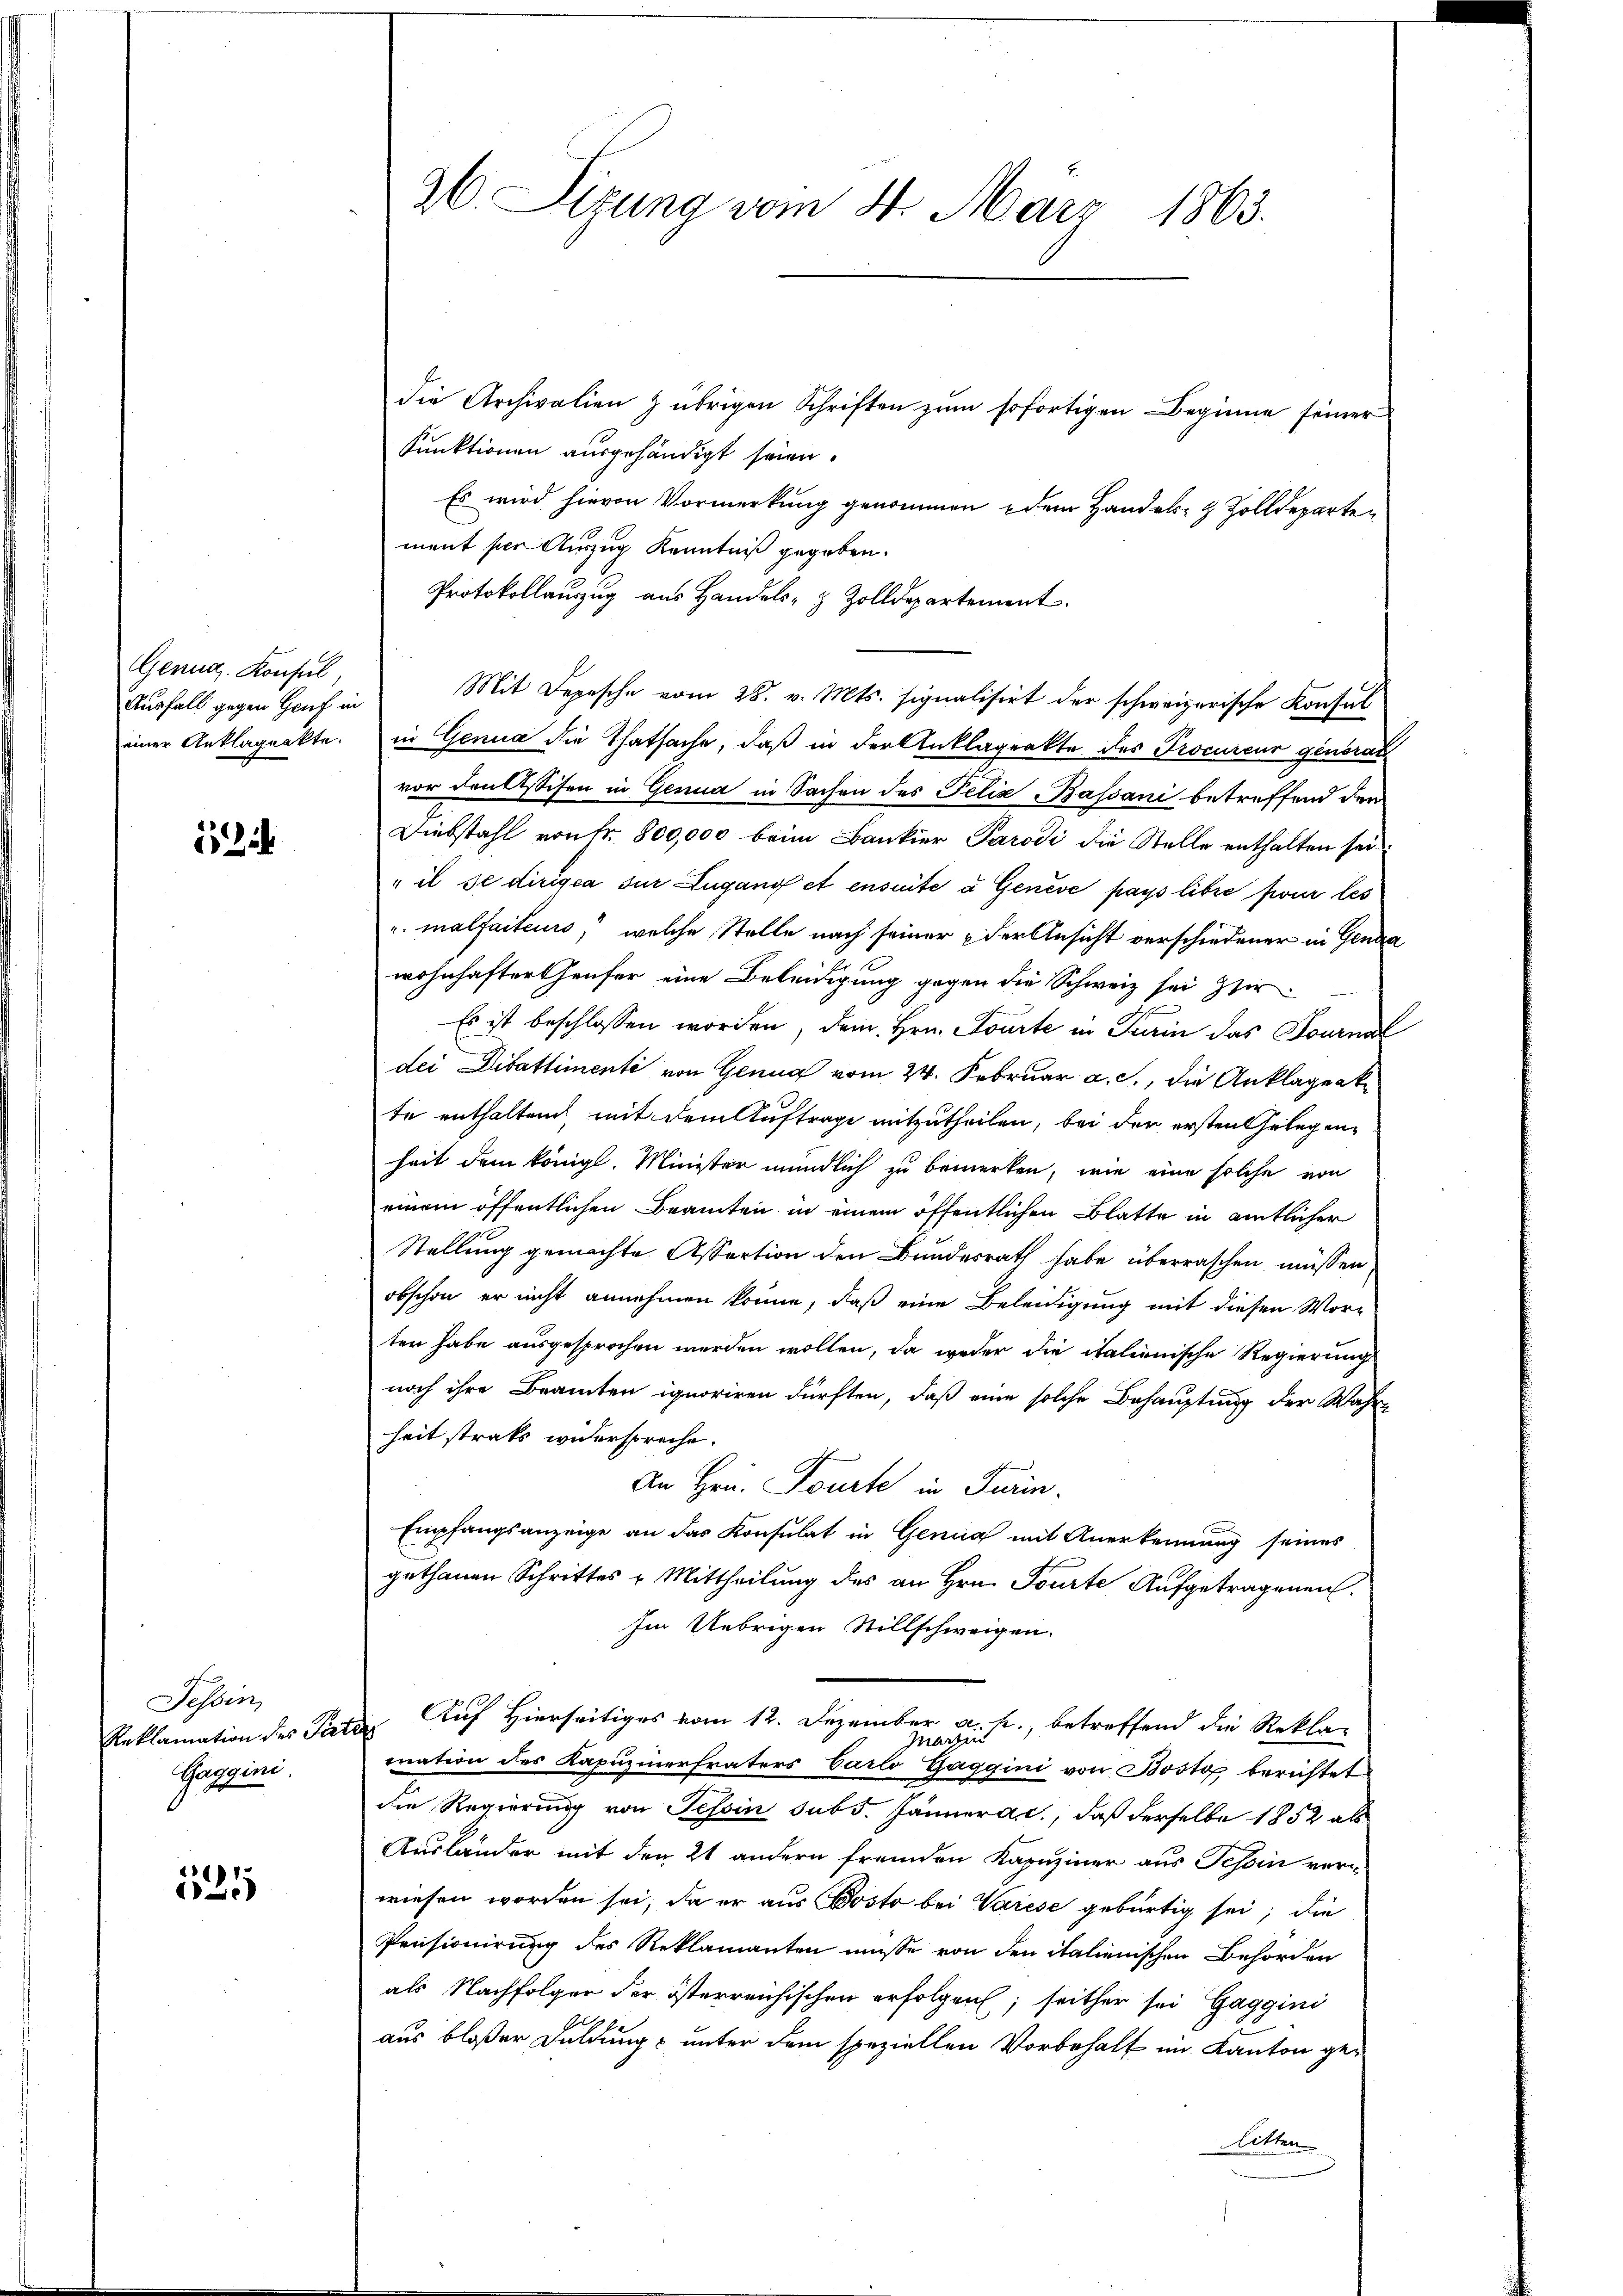
Genug. Konsul,
Ausfall gegen Genf in
einer Anklageakte.

ich

Tessin
Gaggini.

525

Es wird hievon Vormerkung genommen dem Handels- & Zolldepartement ser Auszug Kenntniß gegeben.
Protokollauszug aus Handels- & Zolldepartement
Mit Depesche vom 28. v. Mts. signalisirt der schweizerische Konsul
in Genua die Thatsache, daß in der Anklageakte des Procureur generat
vor den Assisen in Genua in Sachen des Felix Bassani betreffend der
Diebstahl von Fr. 800,000 beim Bankier Parodi die Stelle enthalten sei.
" il se dirigia sur Lugano et ensuite u Genève pays libre für les
u. malfaiteurs, welche Stelle nach seiner der Ansicht verschiedener in Genda
wohnhaftertheufer eine Beleidigung gegen die Schweiz sei Her
Es ist beschlossen worden, dem Hrn. Fourte in Turin das Fournal
dei Difattimenti von Genua vom 24. Februar a. c., die Anklagenk
te enthaltend mit dem Auftrage mitzutheilen, bei der ersten Gelegenheit dem königl. Minister mündlich zu bemerken, wie eine solche von
einem öffentlichen Beamten in einem öffentlichen Blatte in amtlicher
Stellung gemachte Assertion den Bundesrath habe überraschen müssen
obschon er nicht annehmen könne, daß eine Beleidigung mit diesen Wor-
ten habe ausgesprochen werden wollen, da weder die italienische Regierung
noch ihre Beamten ignoriren dürften, daß eine solche Behauptung der Wahrheit strats widerspreche.
An Hrn. Tourte in Turin.
Empfangsanzeige an das Konsulat in Genug mit Anerkennung seines
gethanen Schrittes u Mittheilung des an Hrn. Tourte Aufgetragenen.
Im Uebrigen Stillschweigen.
Reklamation des Parte Auf Hierseitiges vom 12. Dezember a. p., betreffend die Rekla-
mation des Kapuzinerfraters Carlo Gaggini von Bosto berichtet
die Regierung von Tessin sub 5. Jännera c., daß derselbe 1852 als
Ausländer mit den 21 andern fremden Kapuziner aus Tessin verwiesen worden sei, da er aus Bosto bei Varese gebürtig sei; die
Pensionirung des Reklamanten müsse von den italienischen Behörden
als Nachfolger der österreichischen erfolgen; seither sei Gaggini
aus bloßer Duldung unter dem speziellen Vorbehalt im Kanton gelitten

26. Sizung vom 4. März 1863.
die Archivalien & übrigen Schriften zŭm sofortigen Beginne seiner
Punktionen ausgehändigt seien.